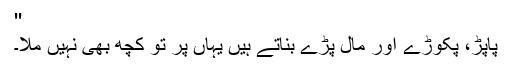
''
پاپڑ، پکوڑے اور مال پڑے بناتے ہیں یہاں پر تو کچھ بھی نہیں ملا۔